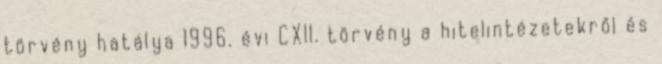
törvény hatálya 1996. évi CXII. törvény a hitelintézetekről és